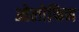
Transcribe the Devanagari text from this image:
ओलोफिन